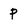
Character: p